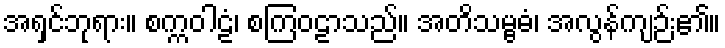
အရှင်ဘုရား။ စက္ကဝါဠံ၊ စကြဝဠာသည်။ အတိသမ္ဗဓံ၊ အလွန်ကျဉ်း၏။